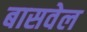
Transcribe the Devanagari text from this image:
बासवेल